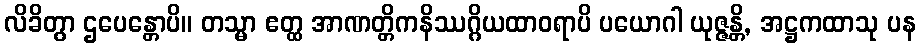
လိခိတွာ ဌပေန္တောပိ။ တသ္မာ ဧတ္ထ အာဏတ္တိကနိဿဂ္ဂိယထာဝရာပိ ပယောဂါ ယုဇ္ဇန္တိ, အဋ္ဌကထာသု ပန